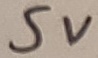
Text: 5V